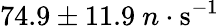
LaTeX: {74.9\pm 11.9~n\cdot\mathrm{s^{-1}}}